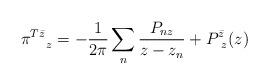
LaTeX: \begin{align*} \pi^{T\bar z}_{~~~ z}=-\frac{1}{2\pi}\sum_n\frac{P_{nz}}{z - z_n}+P^{\bar z}_{~z}(z)\end{align*}